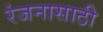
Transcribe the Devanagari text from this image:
रंजनासाठी